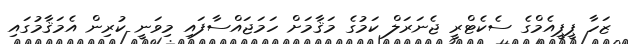
ޒަހާ ޕީޕީއެމްގެ ސެކެޓްރީ ޖެނަރަލް ކަމުގެ މަޤާމަށް ހަމަޖައްސާފައި މިވަނީ ކުރިން އެމަޤާމުގައި